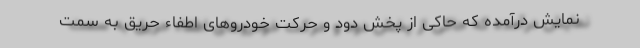
نمایش درآمده که حاکی از پخش دود و حرکت خودروهای اطفاء حریق به سمت